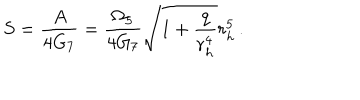
S = \frac { A } { 4 G _ { 7 } } = \frac { \Omega _ { 5 } } { 4 G _ { 7 } } \sqrt { 1 + \frac { q } { r _ { h } ^ { 4 } } } r _ { h } ^ { 5 } \, .